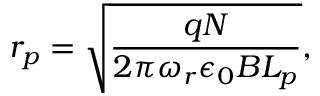
r _ { p } = \sqrt { \frac { q N } { 2 \pi \omega _ { r } \epsilon _ { 0 } B L _ { p } } } ,